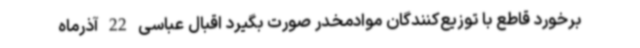
برخورد قاطع با توزیع‌کنندگان موادمخدر صورت بگیرد اقبال عباسی 22 آذرماه